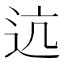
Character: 迒